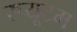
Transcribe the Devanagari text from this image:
स्प्यूटम